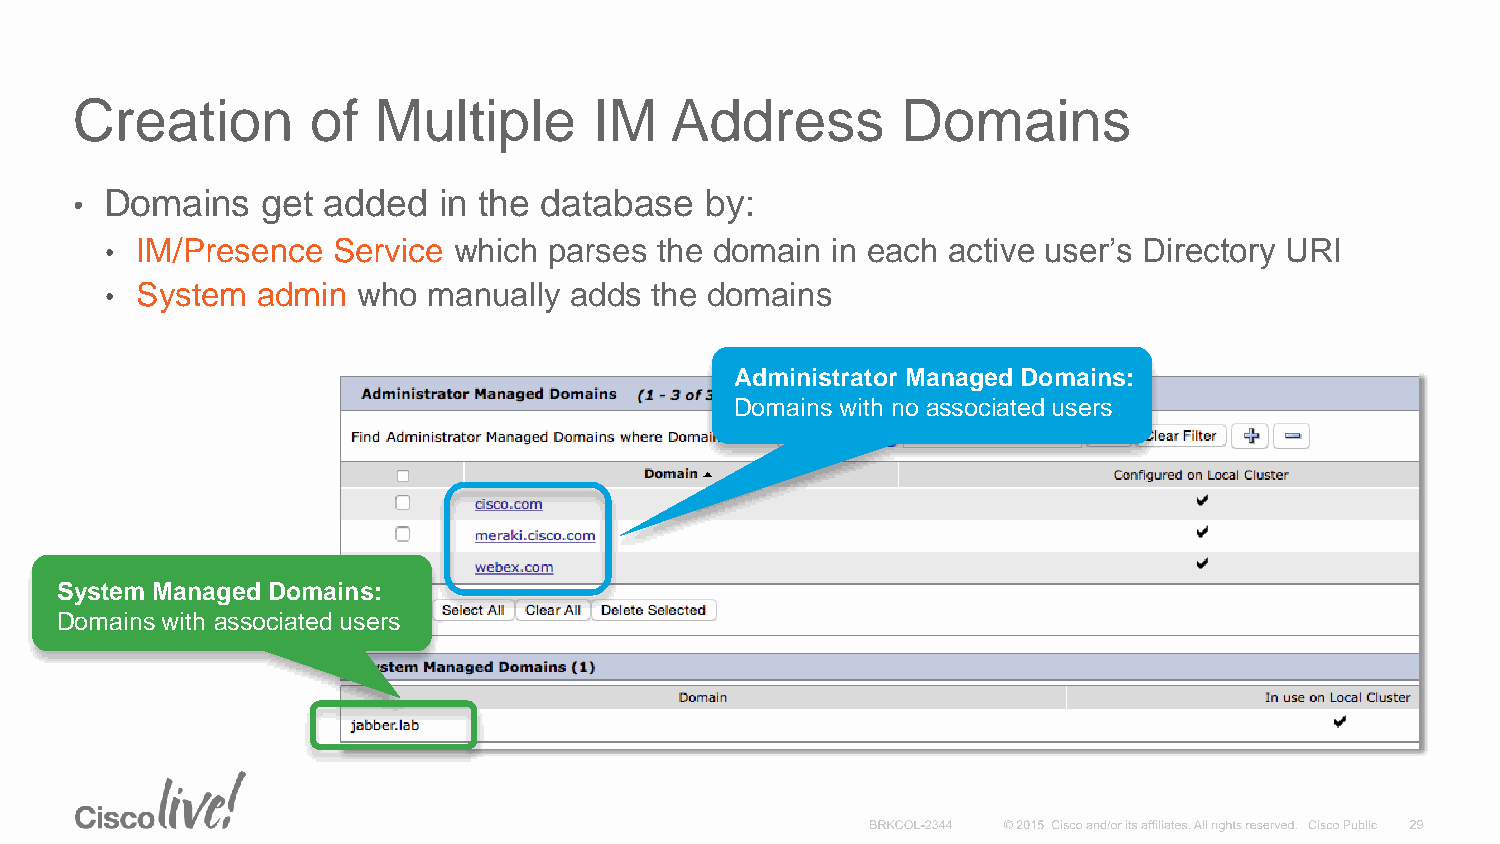
Creation        of  Multiple      IM   Address         Domains
 • Domains   get added   in the database   by:
 • IM/Presence  Service which parses the domain  in each active user’s Directory URI
 • System  admin  who manually  adds the domains
 Administrator Managed Domains:
 Domains with no associated users
 System Managed Domains:
 Domains with associated users